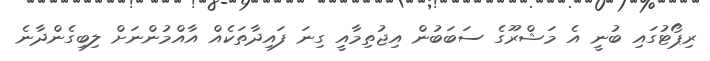
ރިޕޯޓުގައި ބުނީ އެ މަޝްރޫގެ ސަބަބުން އިޖުތިމާއީ ގިނަ ފައިދާތަކެއް އާއްމުންނަށް ލިބިގެންދާނެ